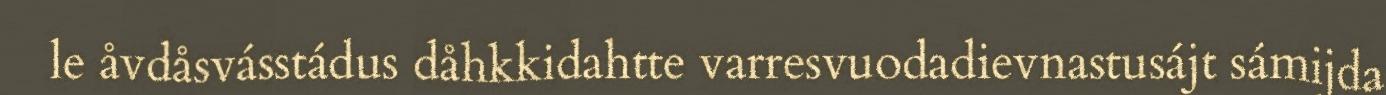
le åvdåsvásstádus dåhkkidahtte varresvuodadievnastusájt sámijda